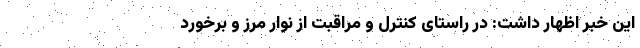
این خبر اظهار داشت: در راستای کنترل و مراقبت از نوار مرز و برخورد